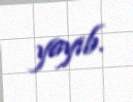
yayıb.